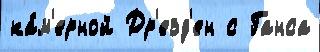
ка́м'ерной Др'езд'ен с Ганса